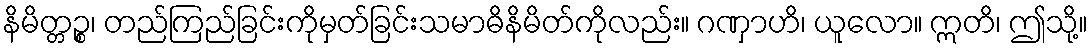
နိမိတ္တဉ္စ၊ တည်ကြည်ခြင်းကိုမှတ်ခြင်းသမာဓိနိမိတ်ကိုလည်း။ ဂဏှာဟိ၊ ယူလော။ ဣတိ၊ ဤသို့။